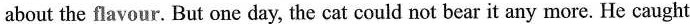
about the flavour. But onc day, the cat could not bear it any more. He caught